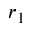
r _ { 1 }